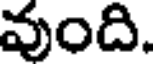
వుంది.